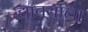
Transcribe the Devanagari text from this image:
द्यावयाला